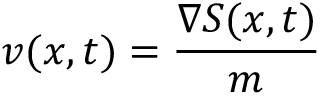
v ( x , t ) = { \frac { \nabla S ( x , t ) } { m } }